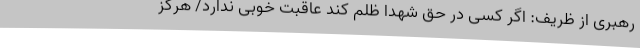
رهبری از ظریف: اگر کسی در حق شهدا ظلم کند عاقبت خوبی ندارد/ هرگز